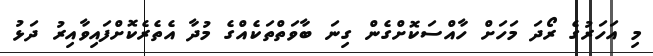
މި އަހަރުގެ ރޯދަ މަހަށް ހާއްސަކޮށްގެން ގިނަ ބާވަތްތަކެއްގެ މުދާ އެތެރެކޮށްފައިވާއިރު ދަޅު